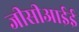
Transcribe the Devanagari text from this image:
जीसीआईई